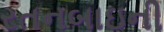
રતનબાઇની